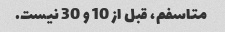
متاسفم، قبل از 10 و 30 نیست.